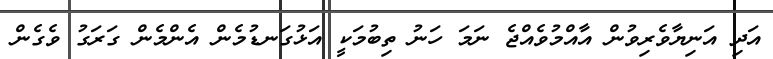
އަދި އަނިޔާވެރިވުން އާއްމުވެއްޖެ ނަމަ ހަނު ތިބުމަކީ އަޅުގަނޑުމެން އެންމެން ގަރަގު ވެގެން